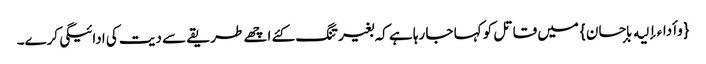
{وأداءإلیه بإحسان} میں قاتل کو کہا جا رہا ہے کہ بغیر تنگ کئے اچھے طریقے سے دیت کی ادائیگی کرے۔